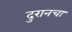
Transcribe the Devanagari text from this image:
दुरानचा